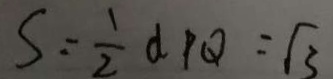
S = \frac { 1 } { 2 } d p Q = \sqrt { 3 }